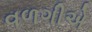
વળગીએ